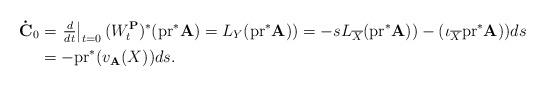
LaTeX: \begin{align*}\mathbf{\dot{C}}_{0} & =\left. \tfrac{d}{dt}\right\vert _{t=0}(W_{t}^{\mathbf{P}})^{\ast}(\mathrm{pr}^{\ast}\mathbf{A)}=L_{Y}(\mathrm{pr}^{\ast}\mathbf{A)})=-sL_{\overline{X}}(\mathrm{pr}^{\ast}\mathbf{A)})-(\mathbb{\iota}_{\overline{X}}\mathrm{pr}^{\ast}\mathbf{A)})ds\\& =-\mathrm{pr}^{\ast}(v_{\mathbf{A}}(X))ds.\end{align*}